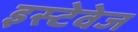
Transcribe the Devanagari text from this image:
इस्टेवेज